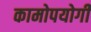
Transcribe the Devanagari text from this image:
कामोपयोगी